Report of the Indian Hemp Drugs Commission, 1894-1895 - Volume IV
Year: 1894
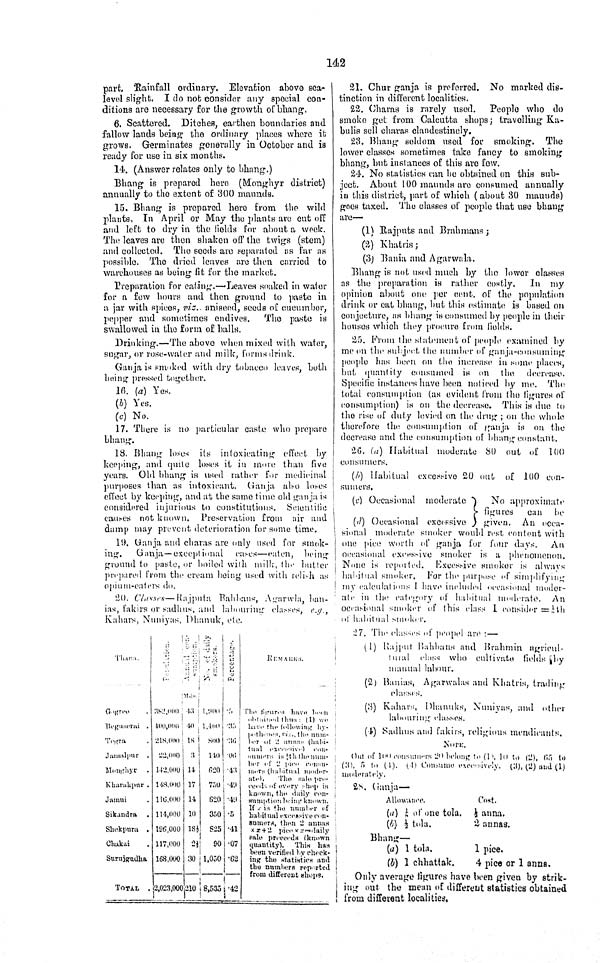
142
part. Rainfall ordinary. Elevation above sea-
level slight. I do not consider any special con-
ditions are necessary for the growth of bhang.
6. Scattered. Ditches, earthen boundaries and
fallow lands being the ordinary places where it
grows. Germinates generally in October and is
ready for use in six months.
14. (Answer relates only to bhang.)
Bhang is prepared hero (Monghyr district)
annually to the extent of 300 maunds.
15. Bhang is prepared here from the wild
plants. In April or May the plants are cut off
and left to dry in the fields for about a week.
The leaves are then shaken off the twigs (stem)
and collected. The seeds are separated as far as
possible. The dried leaves are then carried to
warehouses as being fit for the market.
Preparation for eating.—Leaves soaked in water
for a few hours and then ground to paste in
a jar with spices, viz., aniseed, seeds of cucumber,
pepper and sometimes endives. The paste is
swallowed in the form of balls.
Drinking.—The above when mixed with water,
sugar, or rose-wator and milk, forms drink.
Ganja is smoked with dry tobacco leaves, both
being pressed together.
16. (a) Yes.
(b) Yes.
(c) No.
17. There is no particular caste who prepare
bhang.
18. Bhang loses its intoxicating effect by
keeping, and quite loses it in more than five
years. Old bhang is used rather for medicinal
purposes than as intoxicant. Ganja also loses
effect by keeping, and at the same time old ganja is
considered injurious to constitutions. Scientific
causes not known. Preservation from air and
damp may prevent deterioration for some time.
19. Ganja and charas are only used for smok-
ing. Ganja—exceptional cases—eaten, being
ground to paste, or boiled with milk, the butter
prepared from the cream being used with relish as
opium-eaters do.
20. Classes—Rajputa Bahbans, Agarwla, ban-
ias, fakirs or sadhus, and labouring classes, e.g.,
Kahars, Nuniyas, Dhanuk, etc.
[NLS note: poor quality text appears here and has been omitted – see image of page]
21. Chur ganja is preferred. No marked dis¬
tinction in different localities.
22. Charas is rarely used. People who do
smoke get from Calcutta shops; travelling Ka-
bulis sell charas clandestinely.
28. Bhang seldom used for smoking. The
lower classes sometimes take fancy to smoking
bhang, but instances of this are few.
24. No statistics can be obtained on this sub¬
ject. About 100 maunds are consumed annually
in this district, part of which ( about 80 maunds)
goes taxed. The classes of people that use bhang
are—
(1) Rajputs and Brahmans;
(2) Khatris;
(3) Bania and Agarwala.
Bhang is not used much by the lower classes
as the preparation is rather costly. In my
opinion about one per cent, of the population
drink or eat bhang, but this estimate is based on
conjecture, as bhang is consumed by people in their
houses which they procure from fields.
25. From the statement of people examined by
me on the subject the number of ganja-consuming
people has been on the inerease in some places,
but quantity consumed in on the, decrease,
Specific instances have been noticed by me. The
total consumption (as evident from the figures of
consumption) is on the decrease. This is due to
the rise of duty levied on the drug; on the whole
therefore the consumption of ganja is on the
decrease and the consumption of bhang constant.
26. (a) Habitual moderate 80 out of 100
consumers.
(b) Habitual excessive 20 out of 100 con-
sumers.
(c) Occasional moderate
No approximate
figures can be
(d) Occasional excessive
given. An occa¬
sional moderate smoker would rest content with
one piee worth of ganja for four days. An
occasional excessive smoker is a phenomenon.
None is reported. Excessive smoker is always
habitual smoker. For the purpose of simplifying
my calculations I have included occasional moder¬
ate in the category of habitual moderate. An
occasional smoker of this class I consider = 1/8th
of habitual smoker.
27. The classes of peopel are:—
(1) Rajput Bahbans and Brahmin agricul-
tural class who cultivate fields by
manual labour.
(2) Banias, Agarwalas and Khatris, trading
classes.
[NLS note: poor quality text appears here and has been omitted – see image of page]
28. Ganja—
Allowance.
Cost.
(a) 1/8 of one tola. 4 anna.
(b) 1/2 tola.
2 annas.
Bhang—
(a) 1 tola.
1 pice.
(b) 1 chhattak.
4 pice or 1 anna.
Only average figures have been given by strik-
ing out the mean of different statistics obtained
from different localities.